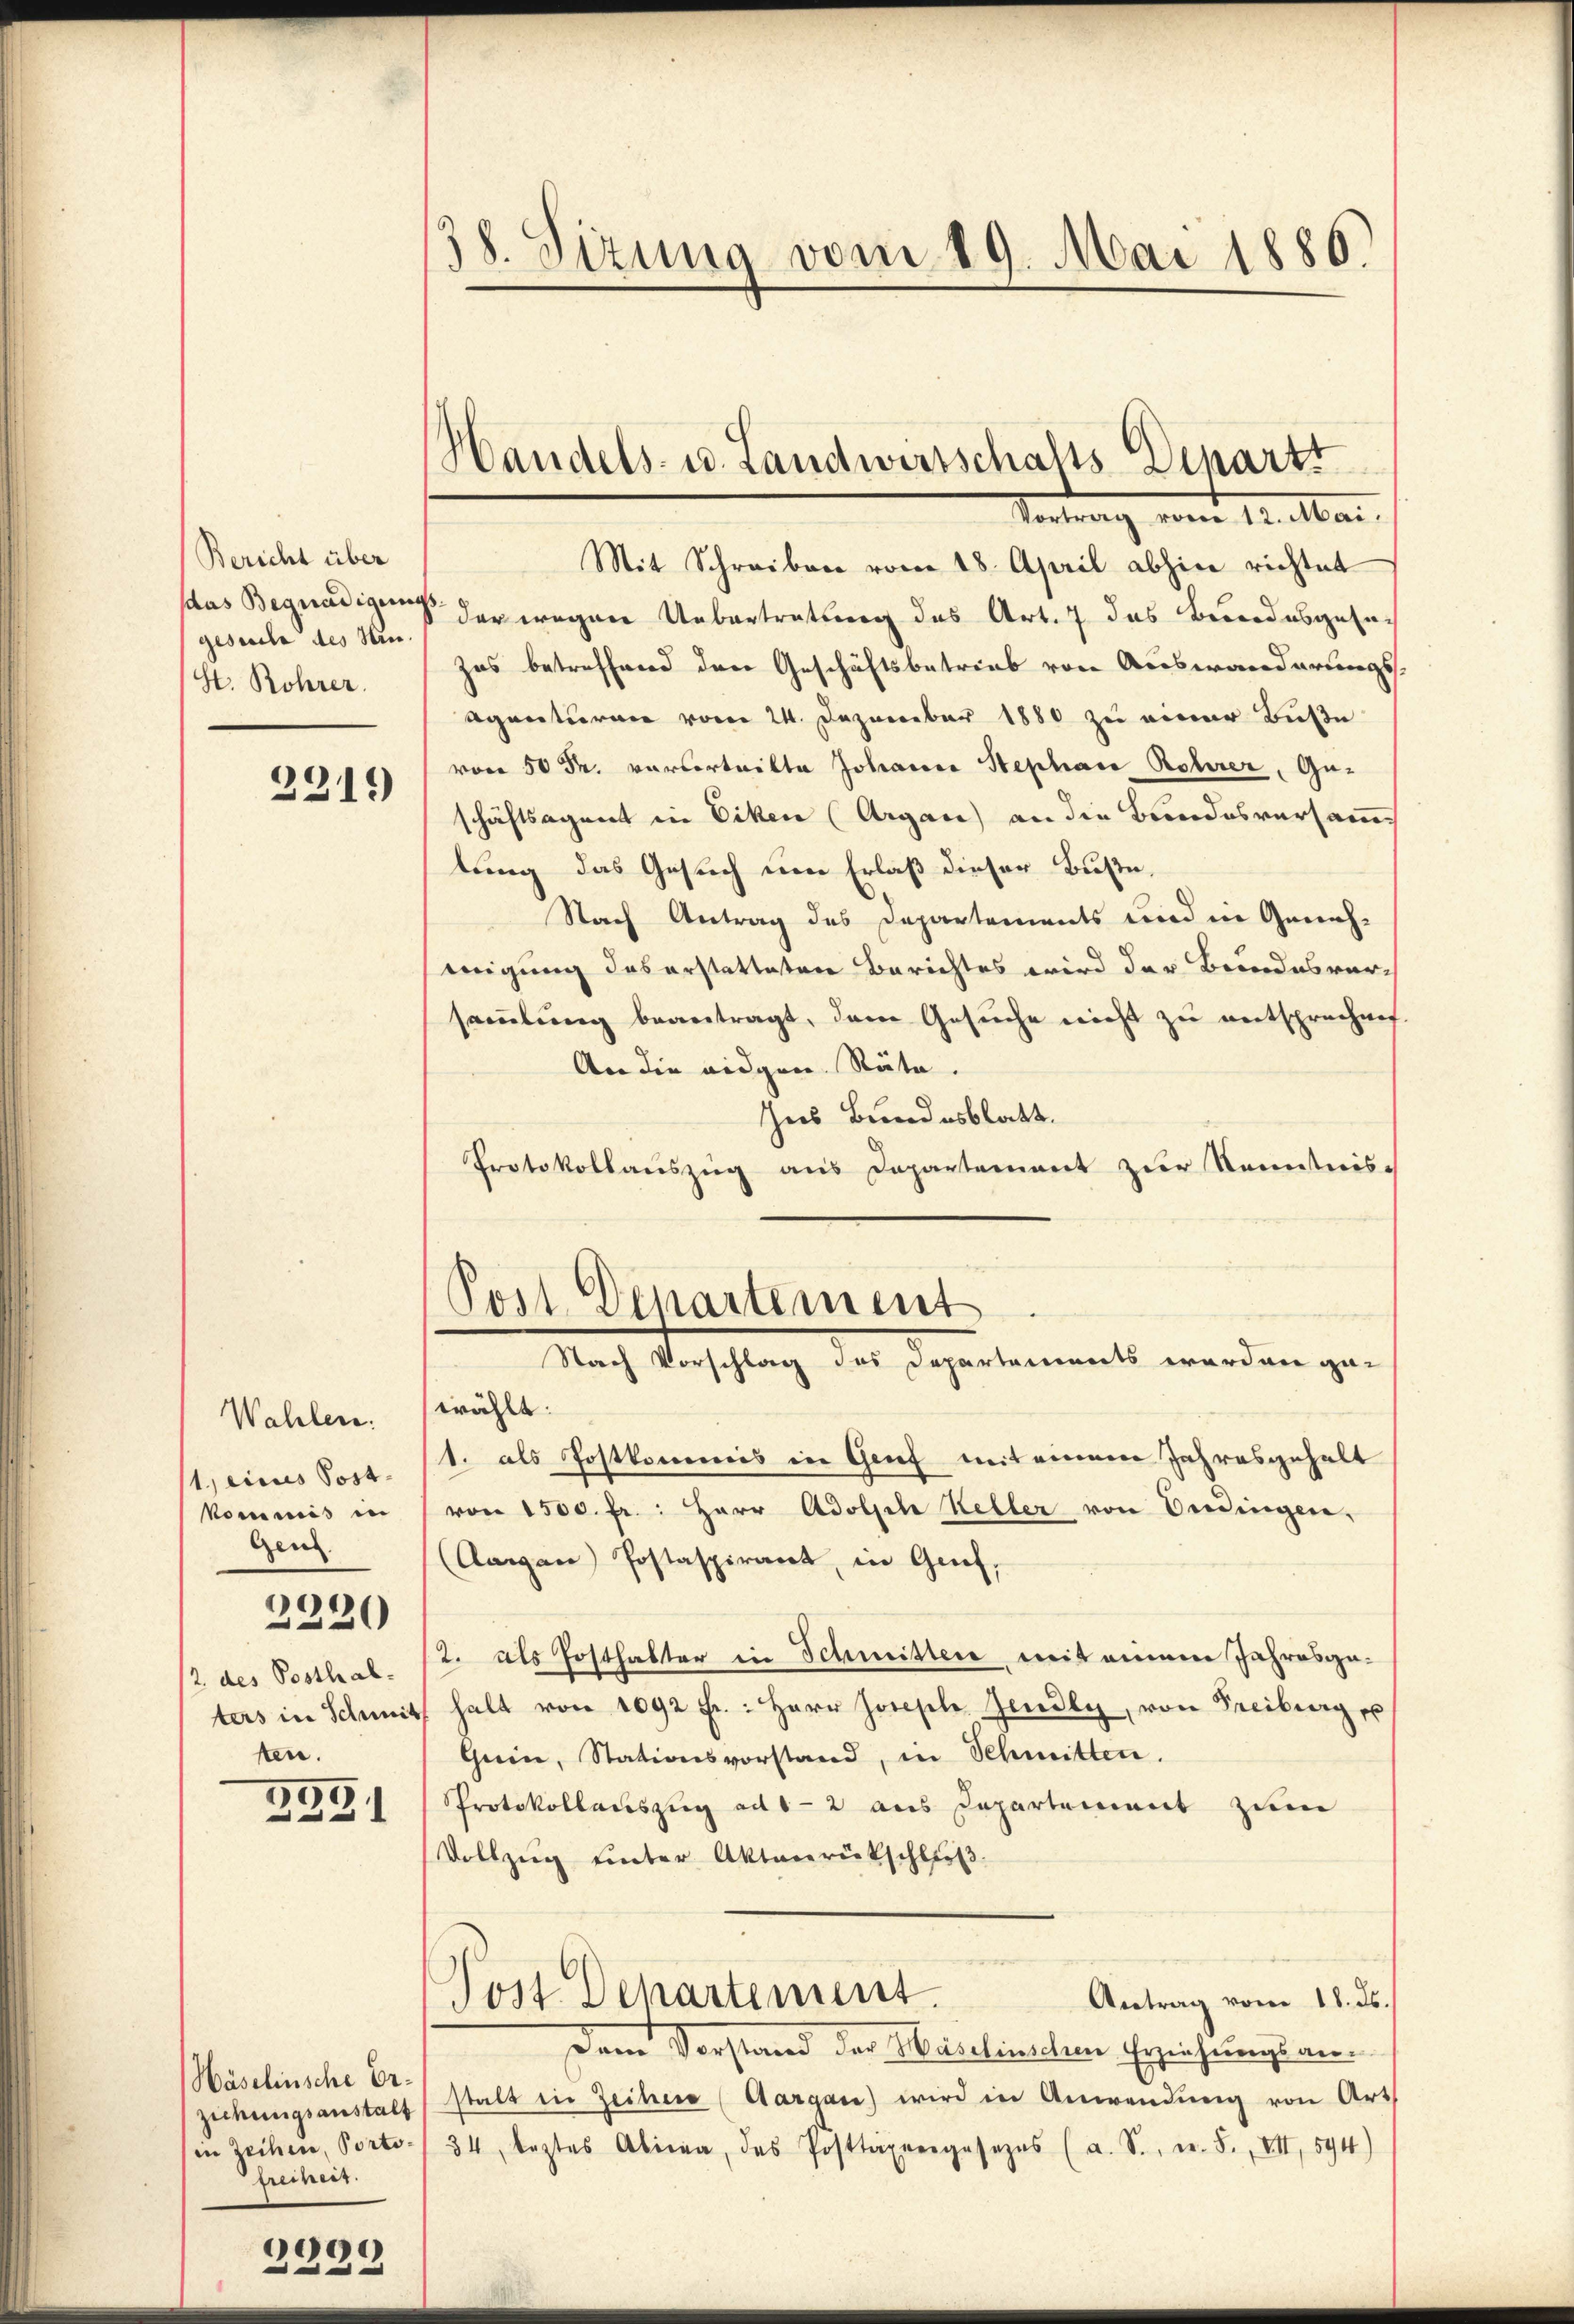
Bericht über
gesuche des Hrn.
St. Rohrer.

231.)

Wahlen.
1, eines Postkommis in
Gen
2220
/2 des Posthal.
ters in Schmit
ten.

2991

Wäselinsche Erziehungsanstalt
in zeihen, Portofreimer.

990
.
e

8. Sizung vom 19. Mai 1886)

Mit Schreiben vom 18. April abhin richtet
saas Begnadigung der wegen Uebertretung des Art. 7 das Bundesgesuch
zas betreffend den Geschäftsbetrieb von Auswanderungs¬
Agenturen vom 24. Dezember 1880 zu einer Buße
vovita Johann Stephan Rohrer, Geschäftsagent in Eiken (Argau) an die Bundesversamtung das Gesuch um Erlaß dieser Buße,
Nach Antrag des Departements und in Geneheigung das erstatteten Berichtes wird der Bundesversammlung beantragt, dem Gesuche nicht zu entsprechnet.
An die eidgen. Räte.
Ins Bundesblatt.
Protokollauszug aus Departement zur Kenntnis-

Handels- u. Landwirtschafts-Departt
Vortrag vom 12. Mari

Post Departement
Nach Vorschlag des Departements werden ge¬

wählt:
1. als Postkommis in Grief mit einem Jahresgehalt
von 1500 fr.: Herr Adolph Keller von Ordingen,
(Aargau) Postaspirant, in Grief,
/2. als Posthalter in Schmitter, mit einnere Jahresge¬
 halt von 1092 fr.: Herr Josephe. Jeudly, von Freiburg e
Gein, Stationsvorstand, in Schmitten.
PProtokollauszug ad 1-2 aus Capartement zum
Vollzŭg ŭnter Aktenrückschlieβ
Post Departement
Antrag vom 18. ds.
Dem Vorstand der Haselinschen Erziehungsanstalt in Zeiter (Aargau) wird in Anwendung von Art.
34, leztes Abina, das Posttaxengesezes (a. S., n. F. VII, 594)